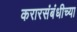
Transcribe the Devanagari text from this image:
करारसंबंधीच्या